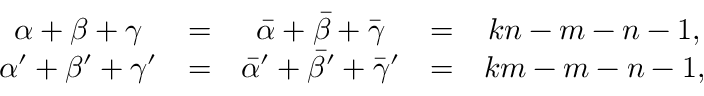
\begin{array} { c c c c c } { { \alpha + \beta + \gamma } } & { { = } } & { { \bar { \alpha } + \bar { \beta } + \bar { \gamma } } } & { { = } } & { { k n - m - n - 1 , } } \\ { { \alpha ^ { \prime } + \beta ^ { \prime } + \gamma ^ { \prime } } } & { { = } } & { { \bar { \alpha } ^ { \prime } + \bar { \beta } ^ { \prime } + \bar { \gamma } ^ { \prime } } } & { { = } } & { { k m - m - n - 1 , } } \end{array}